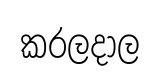
කරලදාල